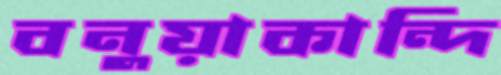
বনুয়াকান্দি